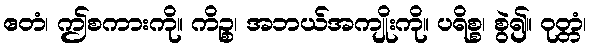
ဧတံ၊ ဤစကားကို။ ကိဉ္စ၊ အဘယ်အကျိုးကို။ ပရိစ္စ၊ စွဲ၍။ ဝုတ္တံ၊